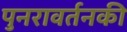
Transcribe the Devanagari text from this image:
पुनरावर्तनकी